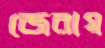
জেরায়